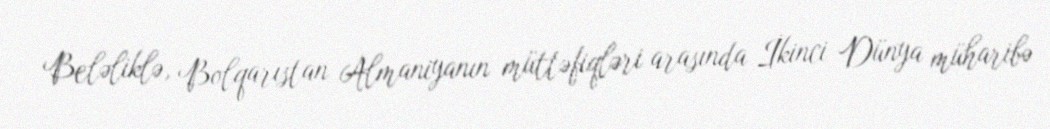
Beləliklə, Bolqarıstan Almaniyanın müttəfiqləri arasında İkinci Dünya müharibə